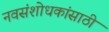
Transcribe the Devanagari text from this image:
नवसंशोधकांसाठी